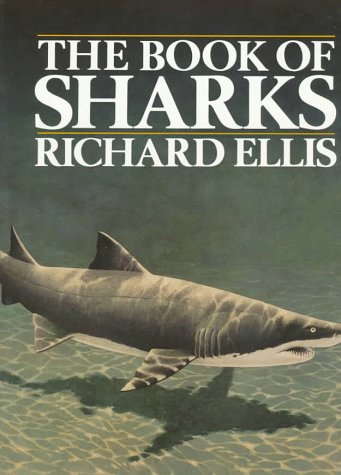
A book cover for The Book of Sharks; Richard Ellis; Sports & Outdoors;